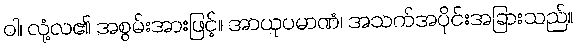
ဝါ၊ လုံ့လ၏ အစွမ်းအားဖြင့်။ အာယုပမာဏံ၊ အသက်အပိုင်းအခြားသည်။